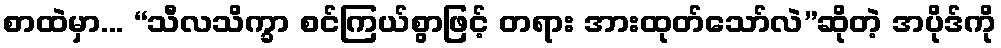
စာထဲမှာ... “သီလသိက္ခာ စင်ကြယ်စွာဖြင့် တရား အားထုတ်သော်လဲ”ဆိုတဲ့ အပိုဒ်ကို